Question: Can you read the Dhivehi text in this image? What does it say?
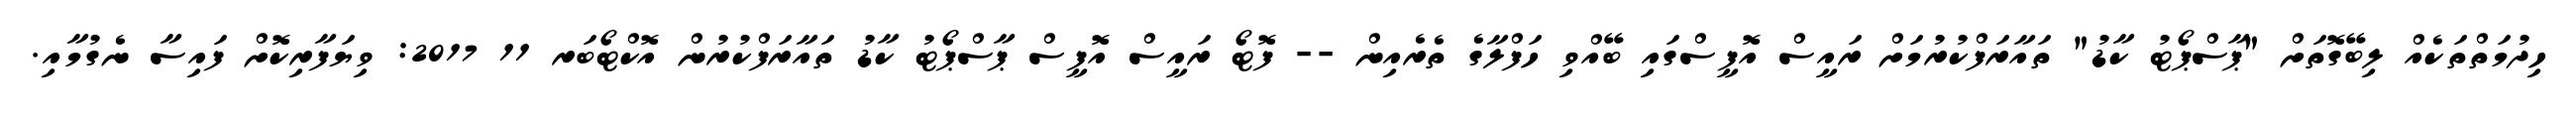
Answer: ހިދުމަތްތަކެއް ލިބޭގޮތަށް "ޕާސްޕޯޓު ކާޑު" ތައާރަފްކުރުމަށް ރައީސް އޮފީސްގައި ބޭއްވި ހަފްލާގެ ތެރެއިން -- ފޮޓޯ ރައީސް އޮފީސް ޕާސްޕޯޓު ކާޑު ތައާރަފްކުރުން އޮކްޓޯބަރ 11 2017: ވިޔަފާރިކޮށް ފައިސާ ނެގުމާއި.